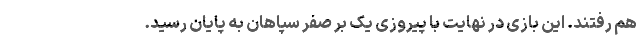
هم رفتند. این بازی در نهایت با پیروزی یک بر صفر سپاهان به پایان رسید.